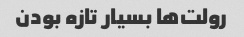
رولت‌ها بسیار تازه بودن